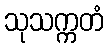
သုသက္ကတံ